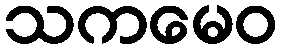
သကမေဝ